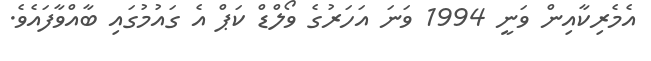
އެމެރިކާއިން ވަނީ 1994 ވަނަ އަހަރުގެ ވޯލްޑް ކަޕް އެ ގައުމުގައި ބާއްވާފައެވެ.